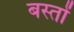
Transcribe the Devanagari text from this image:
बस्तों